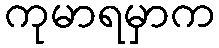
ကုမာရမှာက